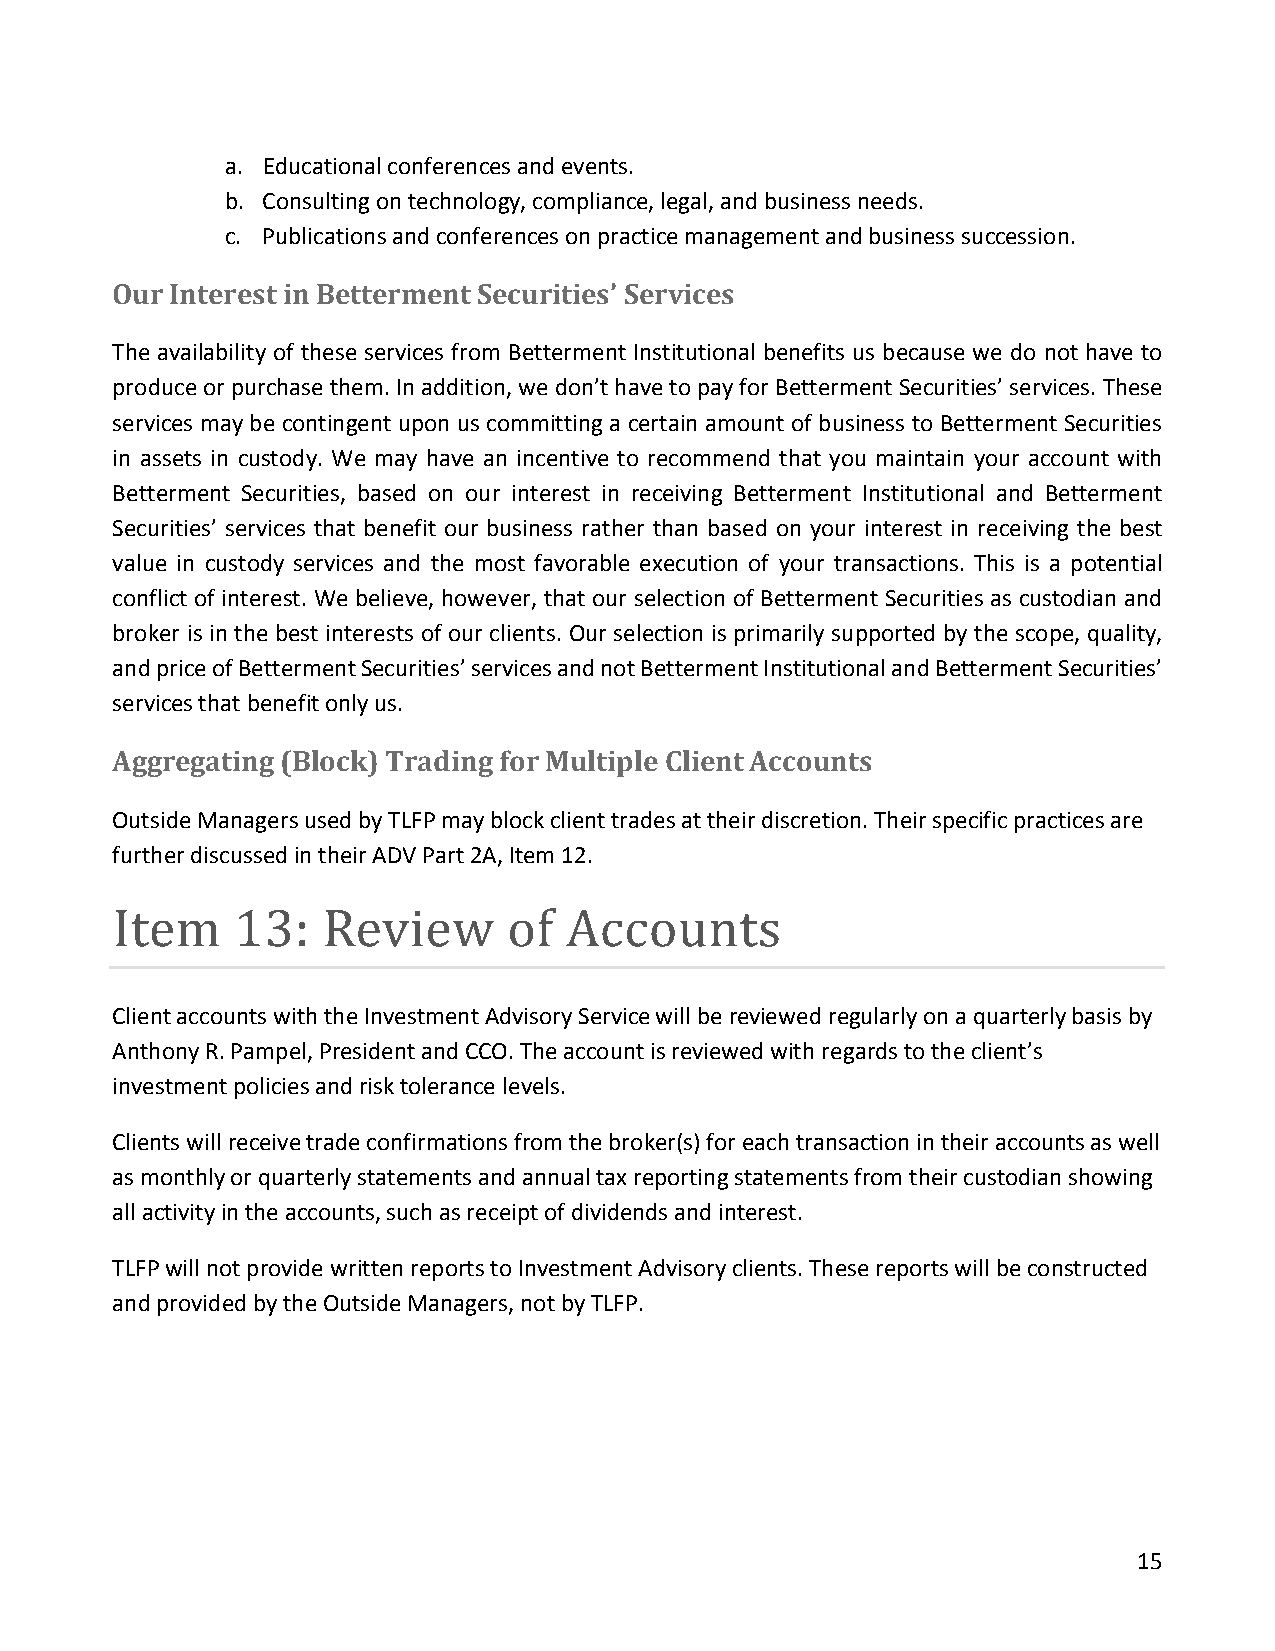
a. Educational conferences and events.
 b. Consulting on technology, compliance, legal, and business needs.
 c. Publications and conferences on practice management and business succession.
 Our Interest in Betterment Securities’ Services
 The availability of these services from Betterment Institutional benefits us because we do not have to
 produce or purchase them. In addition, we don’t have to pay for Betterment Securities’ services. These
 services may be contingent upon us committing a certain amount of business to Betterment Securities
 in assets in custody. We may have an incentive to recommend that you maintain your account with
 Betterment Securities, based on our interest in receiving Betterment Institutional and Betterment
 Securities’ services that benefit our business rather than based on your interest in receiving the best
 value in custody services and the most favorable execution of your transactions. This is a potential
 conflict of interest. We believe, however, that our selection of Betterment Securities as custodian and
 broker is in the best interests of our clients. Our selection is primarily supported by the scope, quality,
 and price of Betterment Securities’ services and not Betterment Institutional and Betterment Securities’
 services that benefit only us.
 Aggregating (Block) Trading for Multiple Client Accounts
 Outside Managers used by TLFP may block client trades at their discretion. Their specific practices are
 further discussed in their ADV Part 2A, Item 12.
 Client accounts with the Investment Advisory Service will be reviewed regularly on a quarterly basis by
 Item    13:   Review       of Accounts
 Anthony R. Pampel, President and CCO. The account is reviewed with regards to the client’s
 investment policies and risk tolerance levels.
 Clients will receive trade confirmations from the broker(s) for each transaction in their accounts as well
 as monthly or quarterly statements and annual tax reporting statements from their custodian showing
 all activity in the accounts, such as receipt of dividends and interest.
 TLFP will not provide written reports to Investment Advisory clients. These reports will be constructed
 and provided by the Outside Managers, not by TLFP.
 15